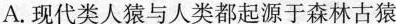
A.现代类人猿与人类都起源于森林古猿